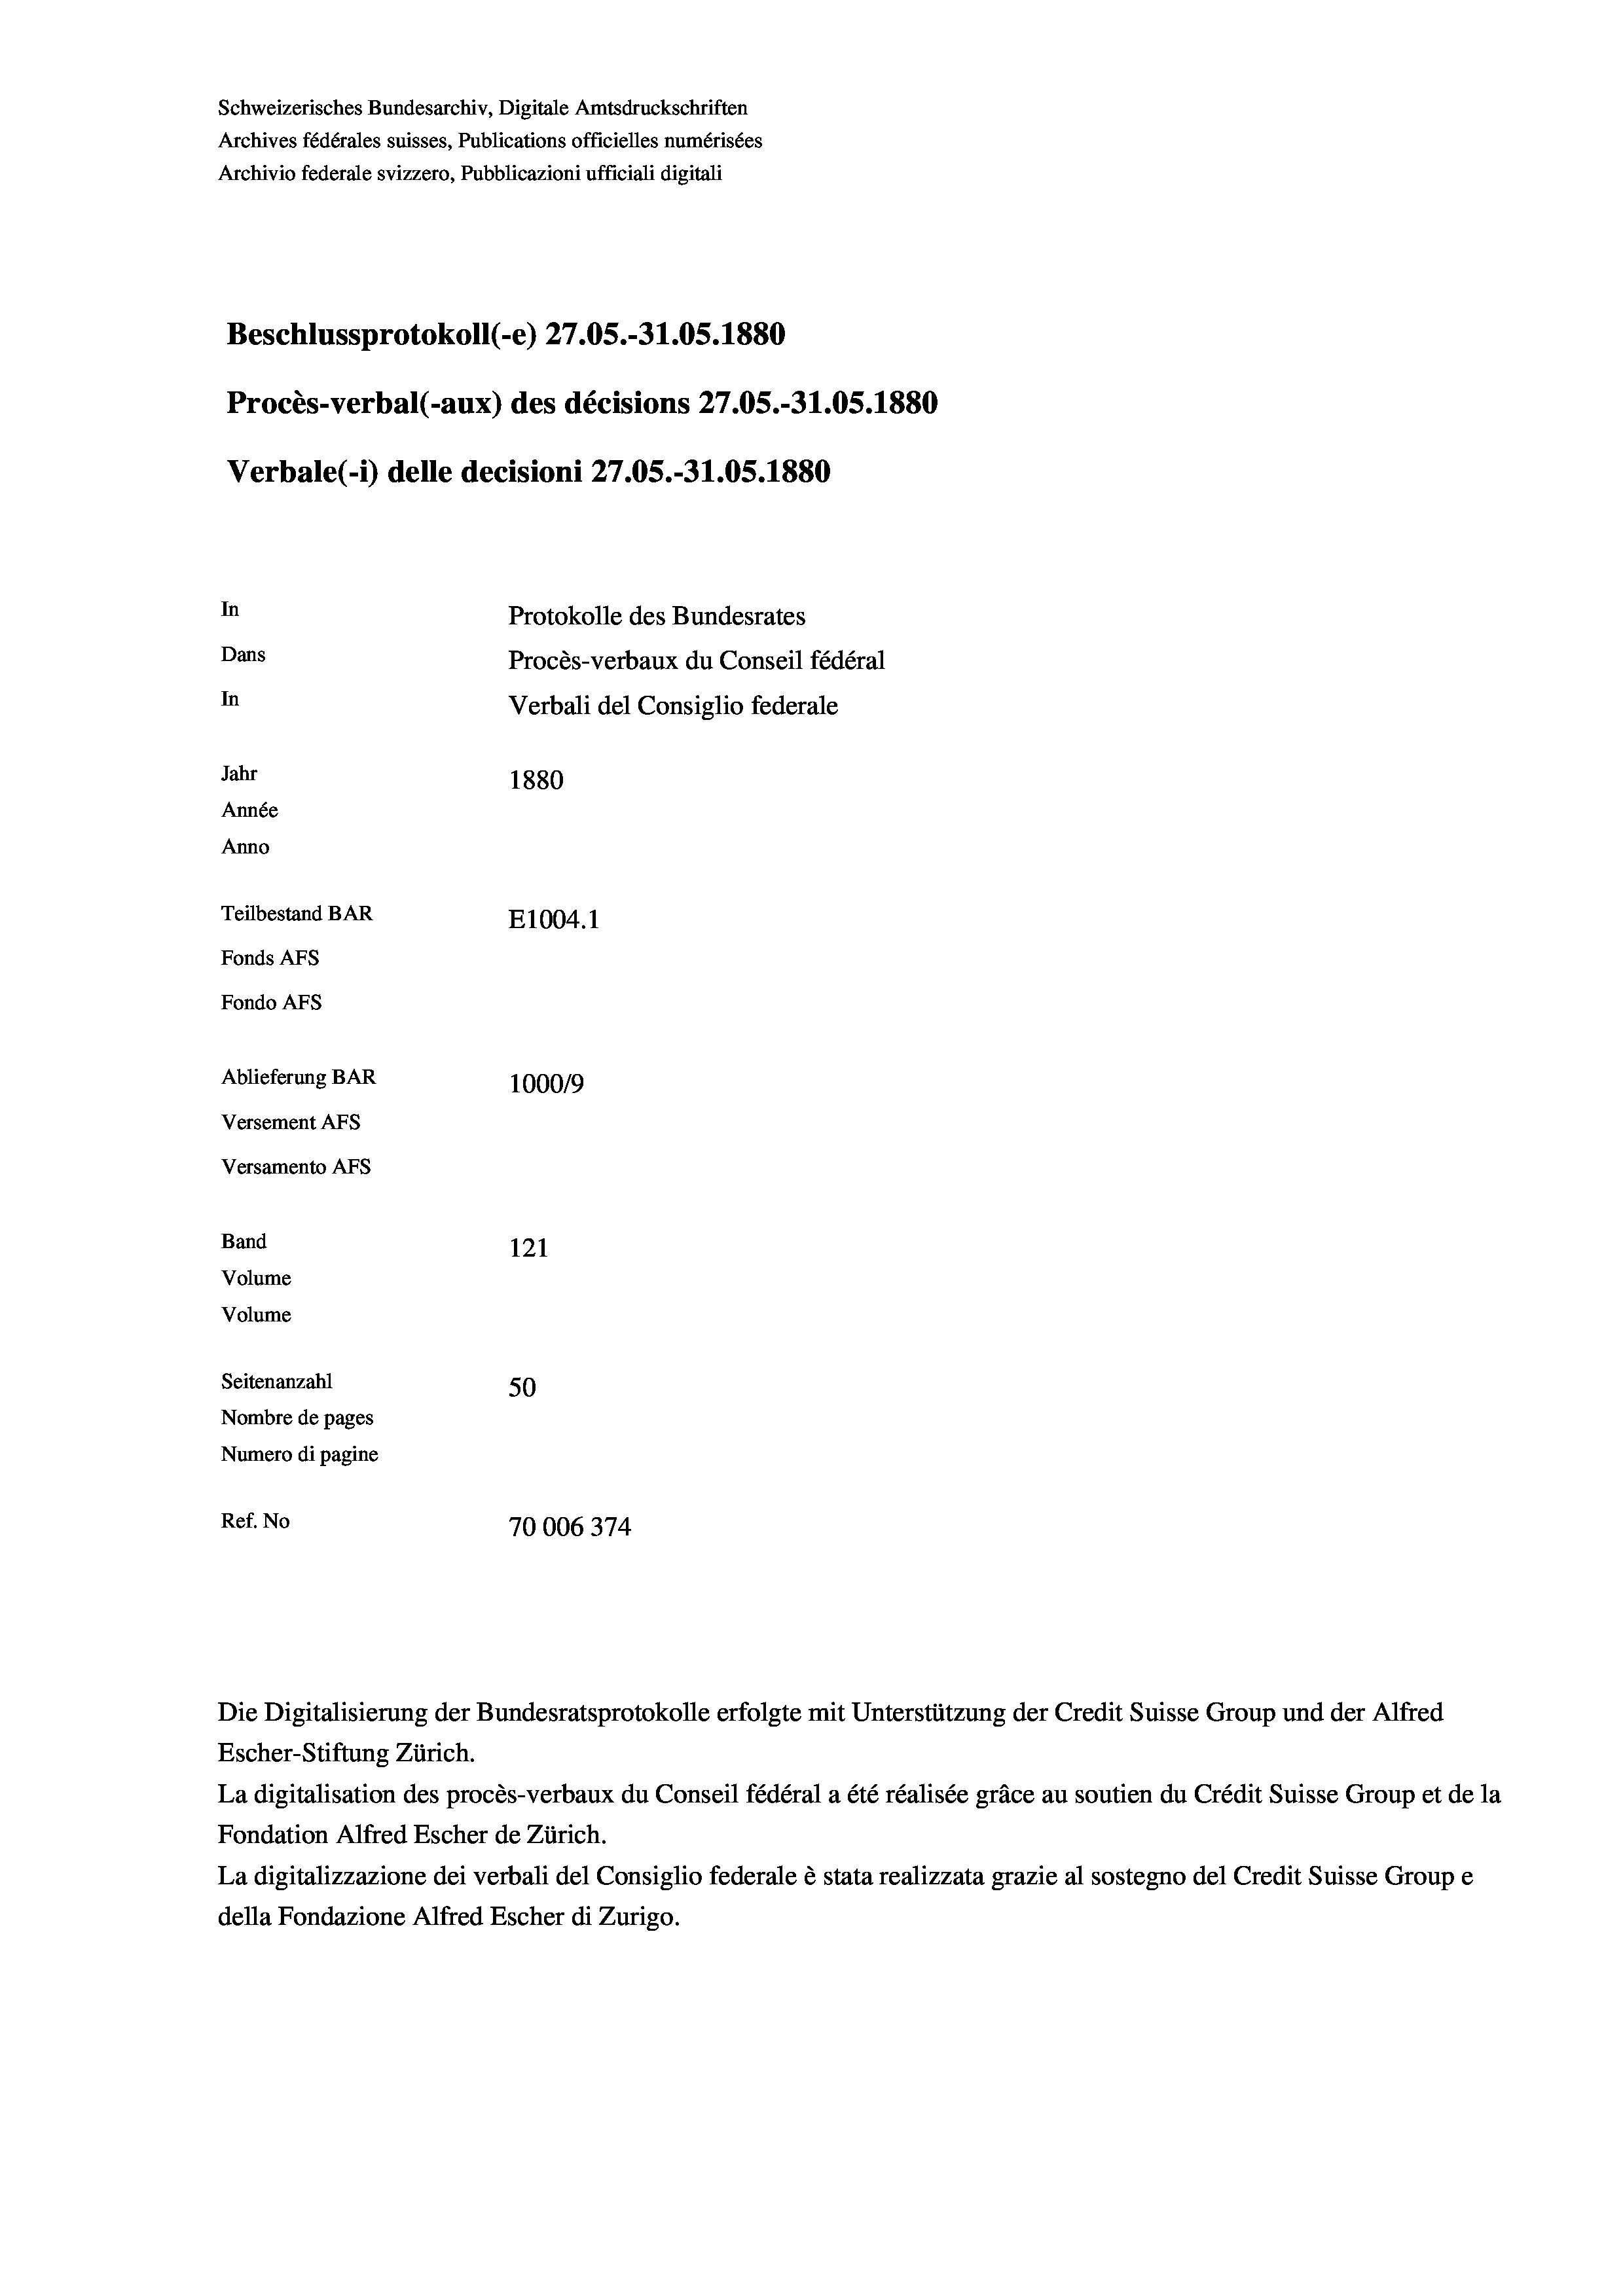
Schweizerisches Bundesarchiv, Digitale Amtsdruckschriften
Archives fédérales suisses, Publications officielles numérisées
Archivio federale svizzero, Pubblicazioni ufficiali digitali
Beschlussprotokoll (-e) 27.05.-31.05. 1880
Procès-verbal (-aux) des décisions 27.05.-31.05. 1880
Verbale (- 1) delle decisioni 27.05.-31.05. 1880
In
Protokolle des Bundesrates
Dans
Procès-verbaux du Conseil fédéral
In
Verbali del Consiglio federale
Jahr
1880
Année
Anno
Teilbestand BAR
E1004.1
Fonds AFs
Fondo AFS
Ablieferung BAR
100019
Versement AFs
Versamento Afs
Band
121
Volume
Volume

Seitenanzahl
50
Nombre de pages
Numero di pagine
Ref. No
70006374

Die Digitalisierung der Bundesratsprotokolle erfolgte mit Unterstützung der Credit Suisse Group und der Alfred

Escher-Stiftung Zürich.
La digitalisation des procès-verbaux du Conseil fédéral a été réalisée gräce au soutien du Crédit Suisse Group et de la
Fondation Alfred Escher de Zürich.
La digitalizzazione dei verbali del Consiglio federale è stata realizzata grazie al sostegno del Credit Suisse Groupe
della Fondazione Alfred Escher di Zurigo.